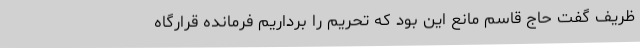
ظریف گفت حاج قاسم مانع این بود که تحریم را برداریم فرمانده قرارگاه